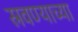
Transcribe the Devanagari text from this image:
स्रवण्याच्या